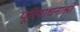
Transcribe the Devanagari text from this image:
पूरियाधनाश्री